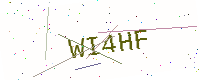
Text: WI4HF